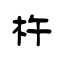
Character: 杵